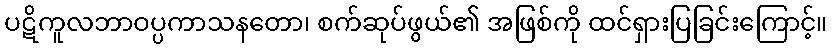
ပဋိကူလဘာဝပ္ပကာသနတော၊ စက်ဆုပ်ဖွယ်၏ အဖြစ်ကို ထင်ရှားပြခြင်းကြောင့်။